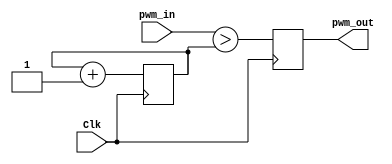
/*This is my PWM generator based on EDGAR RODRIGO MANCIPE TOLOZA*/
module pwm(Clk, pwm_in, pwm_out);

input Clk; 
input [15:0] pwm_in; //Input, reference value
output pwm_out;// Output pwm signal

reg pwm_out; 
reg [15:0] rampa=16'b0000_0000_0000_0000; // Initialize ramp value
	//esta rampa tiene una frecuencia de 763Hz para el reloj de 50Mhz	
	
//always@*
//begin //
//		r_ref <= (pwm_in)+ 32'd2147483647; //wrap into postive, default is 50% pwm
//end
always @(posedge Clk) 
	begin
		rampa <= rampa + 1'b1; // Increase ramp value each clock
		pwm_out <= (pwm_in > rampa);// Compare ramp value with DC value, output accordingly
	end

endmodule